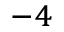
^ { - 4 }